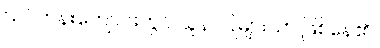
သင်တန်းကျောင်းတွင် သူနာပြုများသာ ဖြစ်နေ၏။